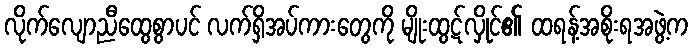
လိုက်လျောညီထွေစွာပင် လက်ရှိအပ်ကားတွေကို မျိုးထွဋ်လှိုင်၏ ထရန့်အစိုးရအဖွဲ့က